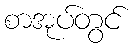
စာအုပ်တွင်